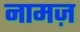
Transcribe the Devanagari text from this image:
नामज़